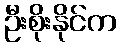
ဦးစိုးနိုင်က